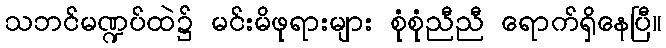
သဘင်မဏ္ဍပ်ထဲ၌ မင်းမိဖုရားများ စုံစုံညီညီ ရောက်ရှိနေပြီ။